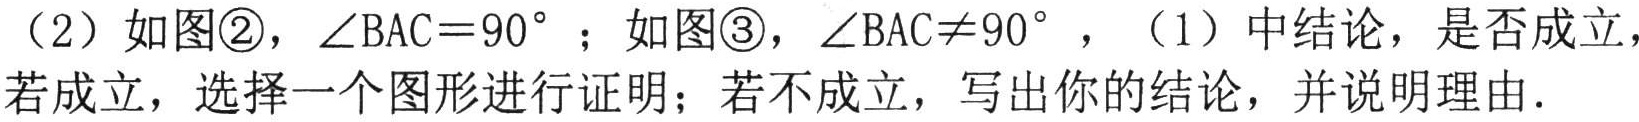
（2）如图\textcircled{2}，\(\angle BAC = 90^{\circ}\)；如图\textcircled{3}，\(\angle BAC\neq90^{\circ}\)，（1）中结论，是否成立，若成立，选择一个图形进行证明；若不成立，写出你的结论，并说明理由．